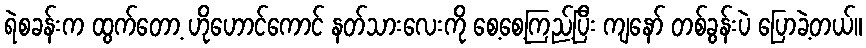
ရဲစခန်းက ထွက်တော့ ဟိုဟောင်ကောင် နတ်သားလေးကို စေ့စေ့ကြည့်ပြီး ကျနော် တစ်ခွန်းပဲ ပြောခဲ့တယ်။